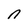
Character: n